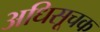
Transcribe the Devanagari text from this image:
अधिसूचक